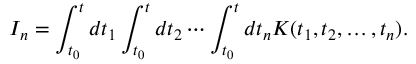
I _ { n } = \int _ { t _ { 0 } } ^ { t } d t _ { 1 } \int _ { t _ { 0 } } ^ { t } d t _ { 2 } \cdots \int _ { t _ { 0 } } ^ { t } d t _ { n } K ( t _ { 1 } , t _ { 2 } , \dots , t _ { n } ) .